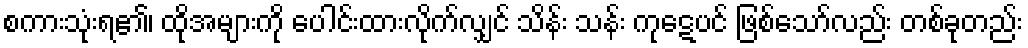
စကားသုံးရ၏၊ ထိုအများကို ပေါင်းထားလိုက်လျှင် သိန်း သန်း ကုဋေပင် ဖြစ်သော်လည်း တစ်ခုတည်း